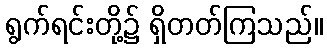
ရွက်ရင်းတို့၌ ရှိတတ်ကြသည်။